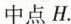
中点H.